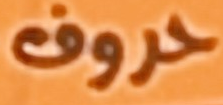
حروف